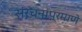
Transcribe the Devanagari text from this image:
संरचनांप्रमाणे